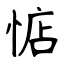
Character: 惦